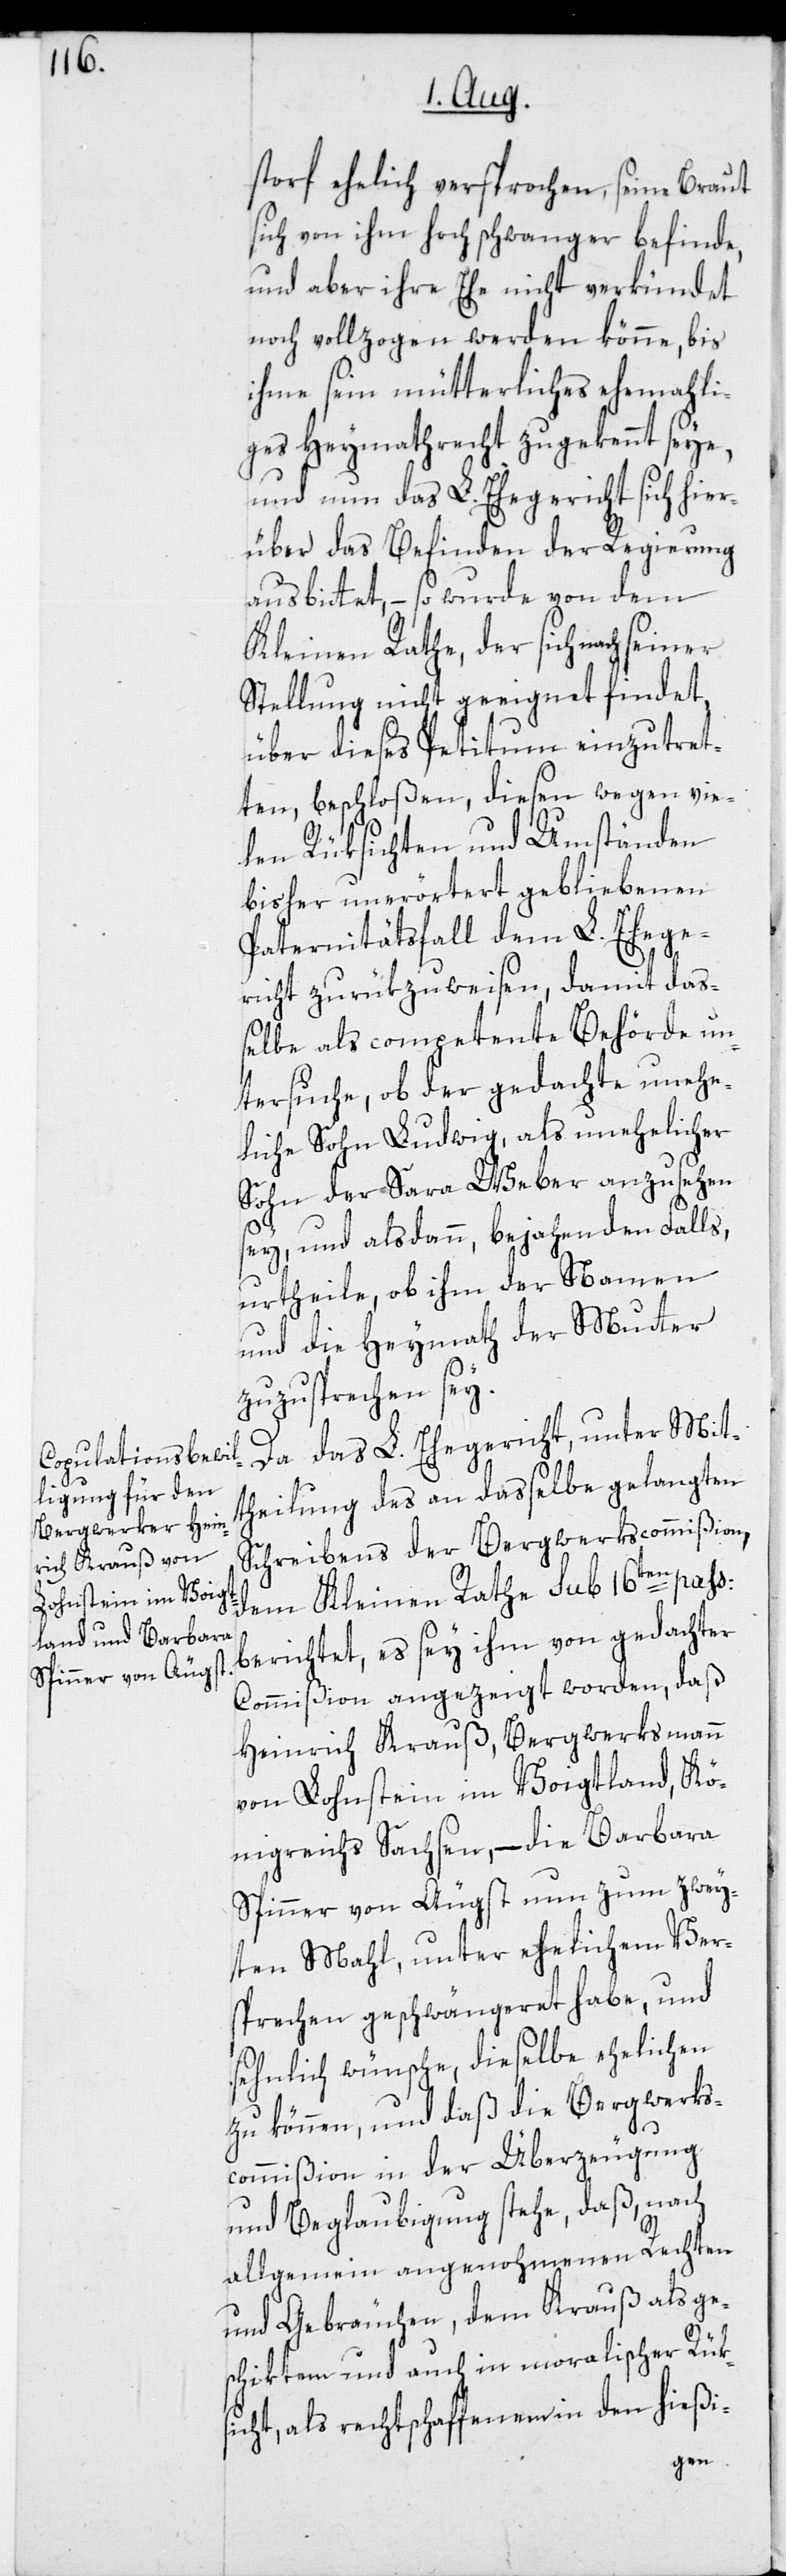
storf ehelich versprochen, seine Braut
sich von ihm hochschwanger befinde,
und aber ihre Ehe nicht verkündet
noch vollzogen werden könne, bis
ihme sein mütterliches ehemahli¬
ges Heymathrecht zugekennt seye,
und nun das L. Ehegericht sich hier¬
über das Befinden der Regierung
ausbittet, – so wurde von dem
Kleinen Rathe, der sich nach seiner
Stellung nicht geeignet findet,
über dieses Petitum einzutret¬
ten, beschloßen, diesen wegen vie¬
len Rüksichten und Umständen
bisher unerörtert gebliebenen
Paternitätsfall dem L. Ehege¬
richt zurükzuweisen, damit da¬
ßelbe als competente Behörde un¬
tersuche, ob der gedachte unehe¬
liche Sohn Ludwig, als unehelicher
Sohn der Sara Weber anzusehen
sey, und alsdann, bejahenden Falls,
urtheile, ob ihm der Namen
und die Heymath der Mutter
zuzusprechen sey.
Da das L. Ehegericht, unter Mit¬
theilung des an dasselbe gelangten
Schreibens der Bergwerkscommißion,
berichtet, es sey ihm von gedachter
Commißion angezeigt worden, daß
Heinrich Krauß, Bergwerksmann
von Lohnstein im Voigtland, Kö¬
nigreichs Sachsen, – die Barbara
Spinner von Äugst nun zum zwey¬
ten Mahl, unter ehelichem Ver¬
sprechen geschwängeret habe, und
sehnlich wünsche, dieselbe ehelichen
zu können, und daß die Bergwerks¬
commißion in der Überzeugung
und Beglaubigung stehe, daß, nach
allgemein angenohmenen Rechten
und Gebräuchen, dem Krauß als ge¬
schiktem und auch in moralischer Rük¬
sicht, als rechtschaffenem in den hießi-